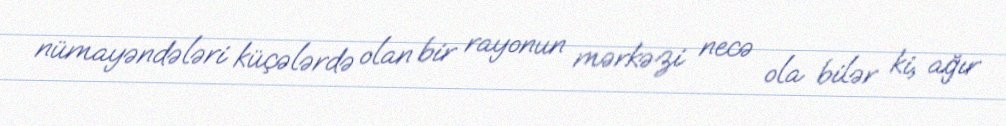
nümayəndələri küçələrdə olan bir rayonun mərkəzi necə ola bilər ki, ağır